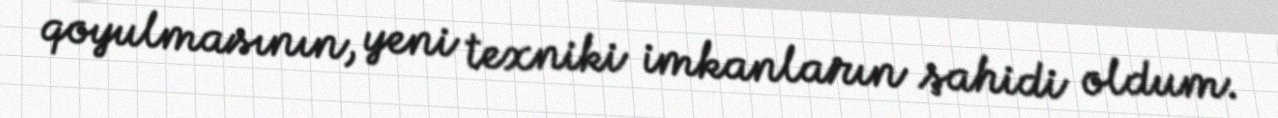
qoyulmasının, yeni texniki imkanların şahidi oldum.